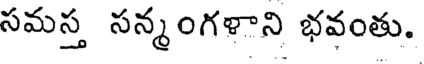
సమస్త సన్మంగళాని భవంతు.